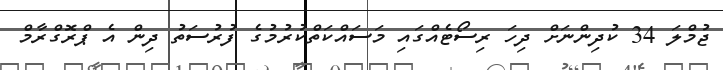
ޖުމްލަ 34 ކުދިންނަށް ދިހަ ރިސޯޓެއްގައި މަސައްކަތްކުރުމުގެ ފުރުސަތު ދިން އެ ޕްރޮގްރާމް